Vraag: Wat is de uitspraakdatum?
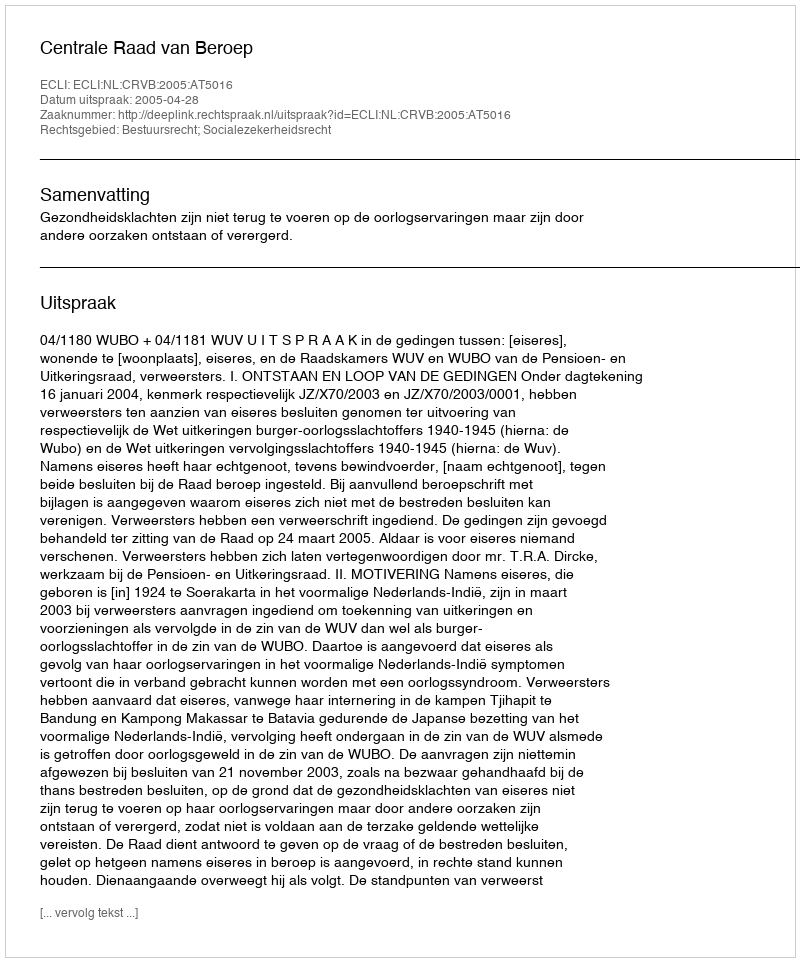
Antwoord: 2005-04-28